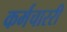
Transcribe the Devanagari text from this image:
कर्मचाररी